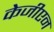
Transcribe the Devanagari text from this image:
केजीएन